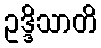
ဥဒ္ဒိသာတိ